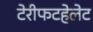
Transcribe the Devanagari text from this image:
टेरीफटहेलेट